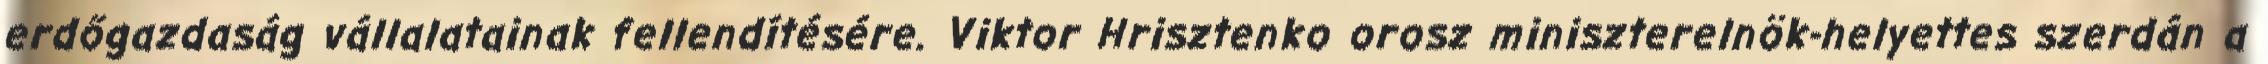
erdőgazdaság vállalatainak fellendítésére. Viktor Hrisztenko orosz miniszterelnök-helyettes szerdán a